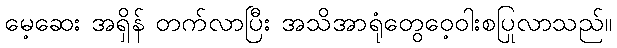
မေ့ဆေး အရှိန် တက်လာပြီး အသိအာရုံတွေဝေ့ဝါးစပြုလာသည်။